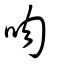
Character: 吻